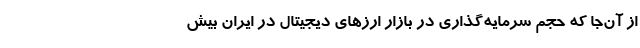
از آن‌جا که حجم سرمایه‌گذاری در بازار ارزهای دیجیتال در ایران بیش